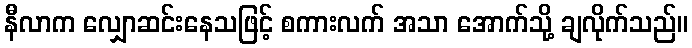
နီလာက လျှောဆင်းနေသဖြင့် စကားလက် အသာ အောက်သို့ ချလိုက်သည်။